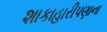
શાકાહારીપણાના